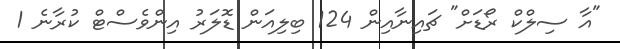
"އާ ސިލްކް ރޯޑަށް" ޗައިނާއިން 124 ބިލިއަން ޑޮލަރު އިންވެސްޓް ކުރާނެ 1